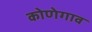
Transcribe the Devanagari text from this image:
कोणेगाव